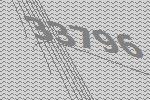
33796